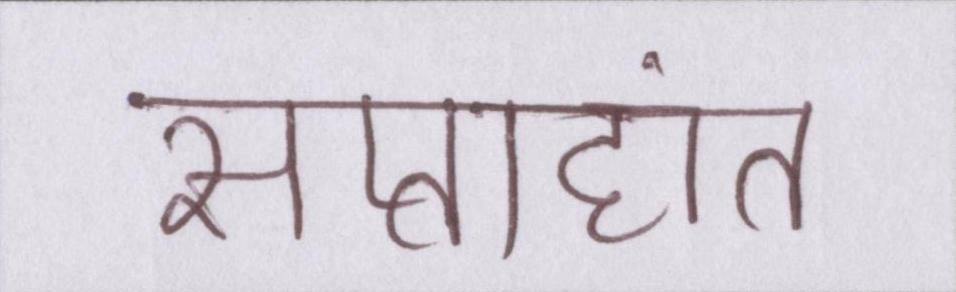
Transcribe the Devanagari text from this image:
सप्ताहांत